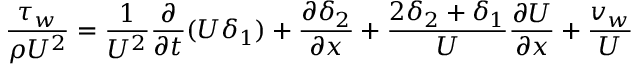
{ \frac { \tau _ { w } } { \rho U ^ { 2 } } } = { \frac { 1 } { U ^ { 2 } } } { \frac { \partial } { \partial t } } ( U \delta _ { 1 } ) + { \frac { \partial \delta _ { 2 } } { \partial x } } + { \frac { 2 \delta _ { 2 } + \delta _ { 1 } } { U } } { \frac { \partial U } { \partial x } } + { \frac { v _ { w } } { U } }